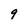
Character: 9